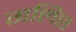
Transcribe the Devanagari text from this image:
गलिछ